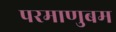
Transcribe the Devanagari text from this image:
परमाणुबम